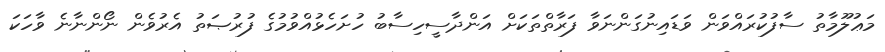
މަޢުލޫމާތު ސާފުކުރައްވަން ވަޑައިނުގަންނަވާ ފަރާތްތަކަށް އަންދާސީހިސާބު ހުށަހެޅުއްވުމުގެ ފުރުޞަތު އެރުވެން ނޯންނާނެ ވާހަކަ